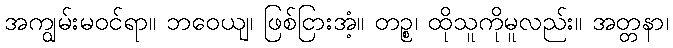
အကျွမ်းမဝင်ရာ။ ဘဝေယျ၊ ဖြစ်ငြားအံ့။ တဉ္စ၊ ထိုသူကိုမူလည်း။ အတ္တနာ၊